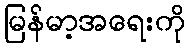
မြန်မာ့အရေးကို